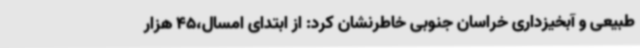
طبیعی و آبخیزداری خراسان جنوبی خاطرنشان کرد: از ابتدای امسال،45 هزار